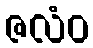
ဇလံဝ